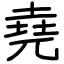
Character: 堯